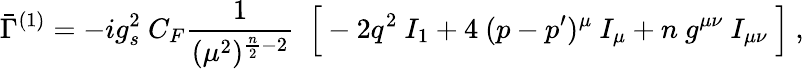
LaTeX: \bar{\Gamma}^{(1)}=-ig_{s}^{2}~C_{F}\frac{1}{(\mu^{2})^{{\frac{n}{2}}-2}}~~\Big[-2q^{2}~I_{1}+4~(p-p^{\prime})^{\mu}~I_{\mu}+n~g^{\mu\nu}~I_{\mu\nu}~\Big]\ ,